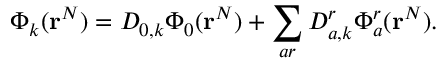
\Phi _ { k } ( \mathbf { r } ^ { N } ) = D _ { 0 , k } \Phi _ { 0 } ( \mathbf { r } ^ { N } ) + \sum _ { a r } D _ { a , k } ^ { r } \Phi _ { a } ^ { r } ( \mathbf { r } ^ { N } ) .